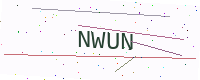
Text: NWUN